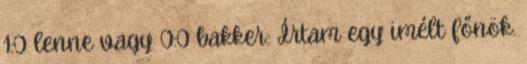
1:0 lenne vagy 0:0 bakker.: Írtam egy imélt főnök.